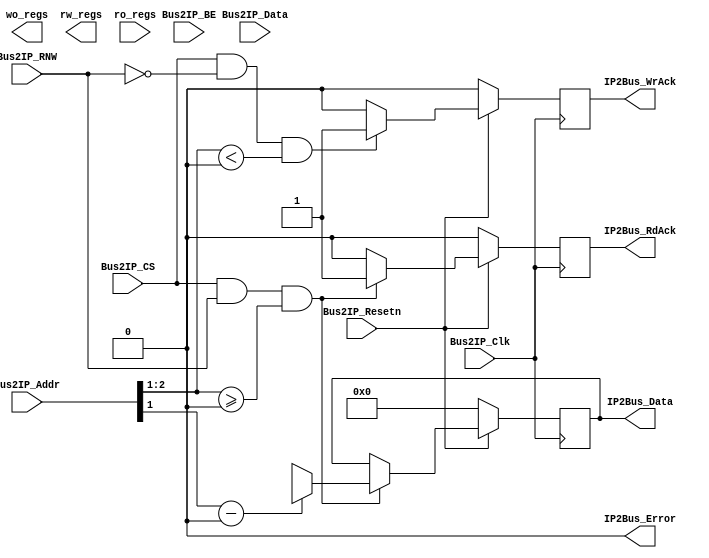
module ipif_regs 
 #(
   parameter C_S_AXI_DATA_WIDTH = 32,          
   parameter C_S_AXI_ADDR_WIDTH = 32,   
   parameter NUM_WO_REGS = 0, // Number of registers written by software and read by hardware only
   parameter NUM_RW_REGS = 0, // Number of registers written by software and read by both hardware and software
   parameter NUM_RO_REGS = 0  // Number of registers written by hardware and read by software only
   // Address Mapping
   //  ------  = base_address
   // |  WO  |         
   // |------|         |
   // |  RW  |         |
   // |------|         \/
   // |  RO  |
   //  ------  = high_address
 )
 (   
   // -- IPIF ports
   input                                               Bus2IP_Clk,
   input                                               Bus2IP_Resetn,
   input      [C_S_AXI_ADDR_WIDTH-1 : 0]               Bus2IP_Addr,
   input                                               Bus2IP_CS,
   input                                               Bus2IP_RNW,
   input      [C_S_AXI_DATA_WIDTH-1 : 0]               Bus2IP_Data,
   input      [C_S_AXI_DATA_WIDTH/8-1 : 0]             Bus2IP_BE,
   output     reg [C_S_AXI_DATA_WIDTH-1 : 0]           IP2Bus_Data,
   output     reg                                      IP2Bus_RdAck,
   output     reg                                      IP2Bus_WrAck,
   output                                              IP2Bus_Error,
   
   // -- Register ports
   output    [NUM_WO_REGS*C_S_AXI_DATA_WIDTH : 0]    wo_regs,
   output    [NUM_RW_REGS*C_S_AXI_DATA_WIDTH : 0]    rw_regs,
   input     [NUM_RO_REGS*C_S_AXI_DATA_WIDTH : 0]    ro_regs
 );

    function integer log2;
      input integer number;
      begin
         log2=0;
         while(2**log2<number) begin
            log2=log2+1;
         end
      end
   endfunction
   
   // -- internal parameters
   localparam addr_width = log2(NUM_WO_REGS+NUM_RW_REGS+NUM_RO_REGS);
   localparam addr_width_lsb = log2(C_S_AXI_ADDR_WIDTH/8);
   localparam addr_width_msb = addr_width+addr_width_lsb;
 
   // -- interal wire/regs
   genvar i;
   integer j;
   
   wire [C_S_AXI_DATA_WIDTH-1 : 0] reg_file_rd_port [0 : NUM_RW_REGS+NUM_RO_REGS-1];
   reg  [C_S_AXI_DATA_WIDTH-1 : 0] reg_file_wr_port [0 : NUM_WO_REGS+NUM_RW_REGS-1];
   
   generate	 
	 // Unpacking Write Only registers
	 if (NUM_WO_REGS > 0)       
	   for (i=0; i<NUM_WO_REGS; i=i+1) begin : WO
	     assign wo_regs[C_S_AXI_DATA_WIDTH*(i+1)-1 : C_S_AXI_DATA_WIDTH*i] = reg_file_wr_port[i];
	   end

	 // Unpacking Read Write registers
	 if (NUM_RW_REGS > 0)       
	   for (i=0; i<NUM_RW_REGS; i=i+1) begin : RW
	     assign rw_regs[C_S_AXI_DATA_WIDTH*(i+1)-1 : C_S_AXI_DATA_WIDTH*i] = reg_file_wr_port[NUM_WO_REGS+i];
		 assign reg_file_rd_port[i] = reg_file_wr_port[NUM_WO_REGS+i];
	   end

     // Unpacking Read Only registers
     if (NUM_RO_REGS > 0)       
	   for (i=0; i<NUM_RO_REGS; i=i+1) begin : RO
	     assign reg_file_rd_port[NUM_RW_REGS+i] = ro_regs[C_S_AXI_DATA_WIDTH*(i+1)-1 : C_S_AXI_DATA_WIDTH*i];
           end
   endgenerate
 
   // -- Implementation
   
   assign IP2Bus_Error = 1'b0;
   
   // SW writes
   always @ (posedge Bus2IP_Clk) begin
     if (~Bus2IP_Resetn) begin
	   for (j=0; j<(NUM_WO_REGS+NUM_RW_REGS); j=j+1) 
	     reg_file_wr_port[j] <= {C_S_AXI_DATA_WIDTH{1'b0}};
	   
	   IP2Bus_WrAck <= 1'b0;
	 end
	 else begin
	   IP2Bus_WrAck <= 1'b0;
	   
	   if (Bus2IP_CS && !Bus2IP_RNW && Bus2IP_Addr[addr_width_msb-1:addr_width_lsb] < (NUM_WO_REGS+NUM_RW_REGS)) begin
	     reg_file_wr_port[Bus2IP_Addr[addr_width_msb-1:addr_width_lsb]] <= Bus2IP_Data;
		 IP2Bus_WrAck <= 1'b1;
	   end
	 end
   end
   
   // SW reads
   always @ (posedge Bus2IP_Clk) begin
     if (~Bus2IP_Resetn) begin
	   IP2Bus_Data <= {C_S_AXI_DATA_WIDTH{1'b0}};
	   IP2Bus_RdAck <= 1'b0;
	 end
	 else begin
	   IP2Bus_RdAck <= 1'b0;
	   
	   if (Bus2IP_CS && Bus2IP_RNW && Bus2IP_Addr[addr_width_msb-1:addr_width_lsb] >= (NUM_WO_REGS)) begin
	     IP2Bus_Data <= reg_file_rd_port[Bus2IP_Addr[addr_width_msb-1:addr_width_lsb]-NUM_WO_REGS];
		 IP2Bus_RdAck <= 1'b1;
	   end
	 end
   end
    
 endmodule